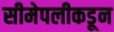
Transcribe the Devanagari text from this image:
सीमेपलीकडून